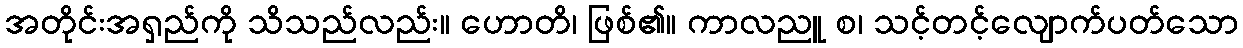
အတိုင်းအရှည်ကို သိသည်လည်း။ ဟောတိ၊ ဖြစ်၏။ ကာလညူ စ၊ သင့်တင့်လျောက်ပတ်သော